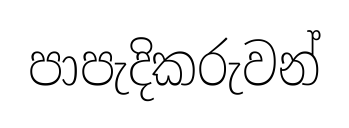
පාපැදිකරුවන්